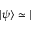
| \psi \rangle \simeq |